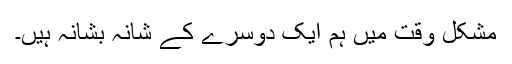
مشکل وقت میں ہم ایک دوسرے کے شانہ بشانہ ہیں۔